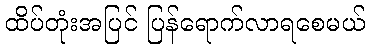
ထိပ်တုံးအပြင် ပြန်ရောက်လာရစေမယ်